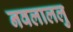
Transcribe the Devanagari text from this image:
नवलाललु